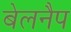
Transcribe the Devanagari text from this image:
बेलनैप